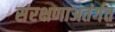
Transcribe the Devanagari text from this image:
संरक्षणाअतंर्गत